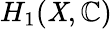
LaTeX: H_{1}(\mathit{X},\mathbb{{C}})